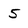
Character: 5